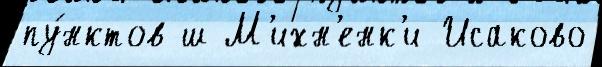
пу́нктов ш М'ихн'енк'и Исаково